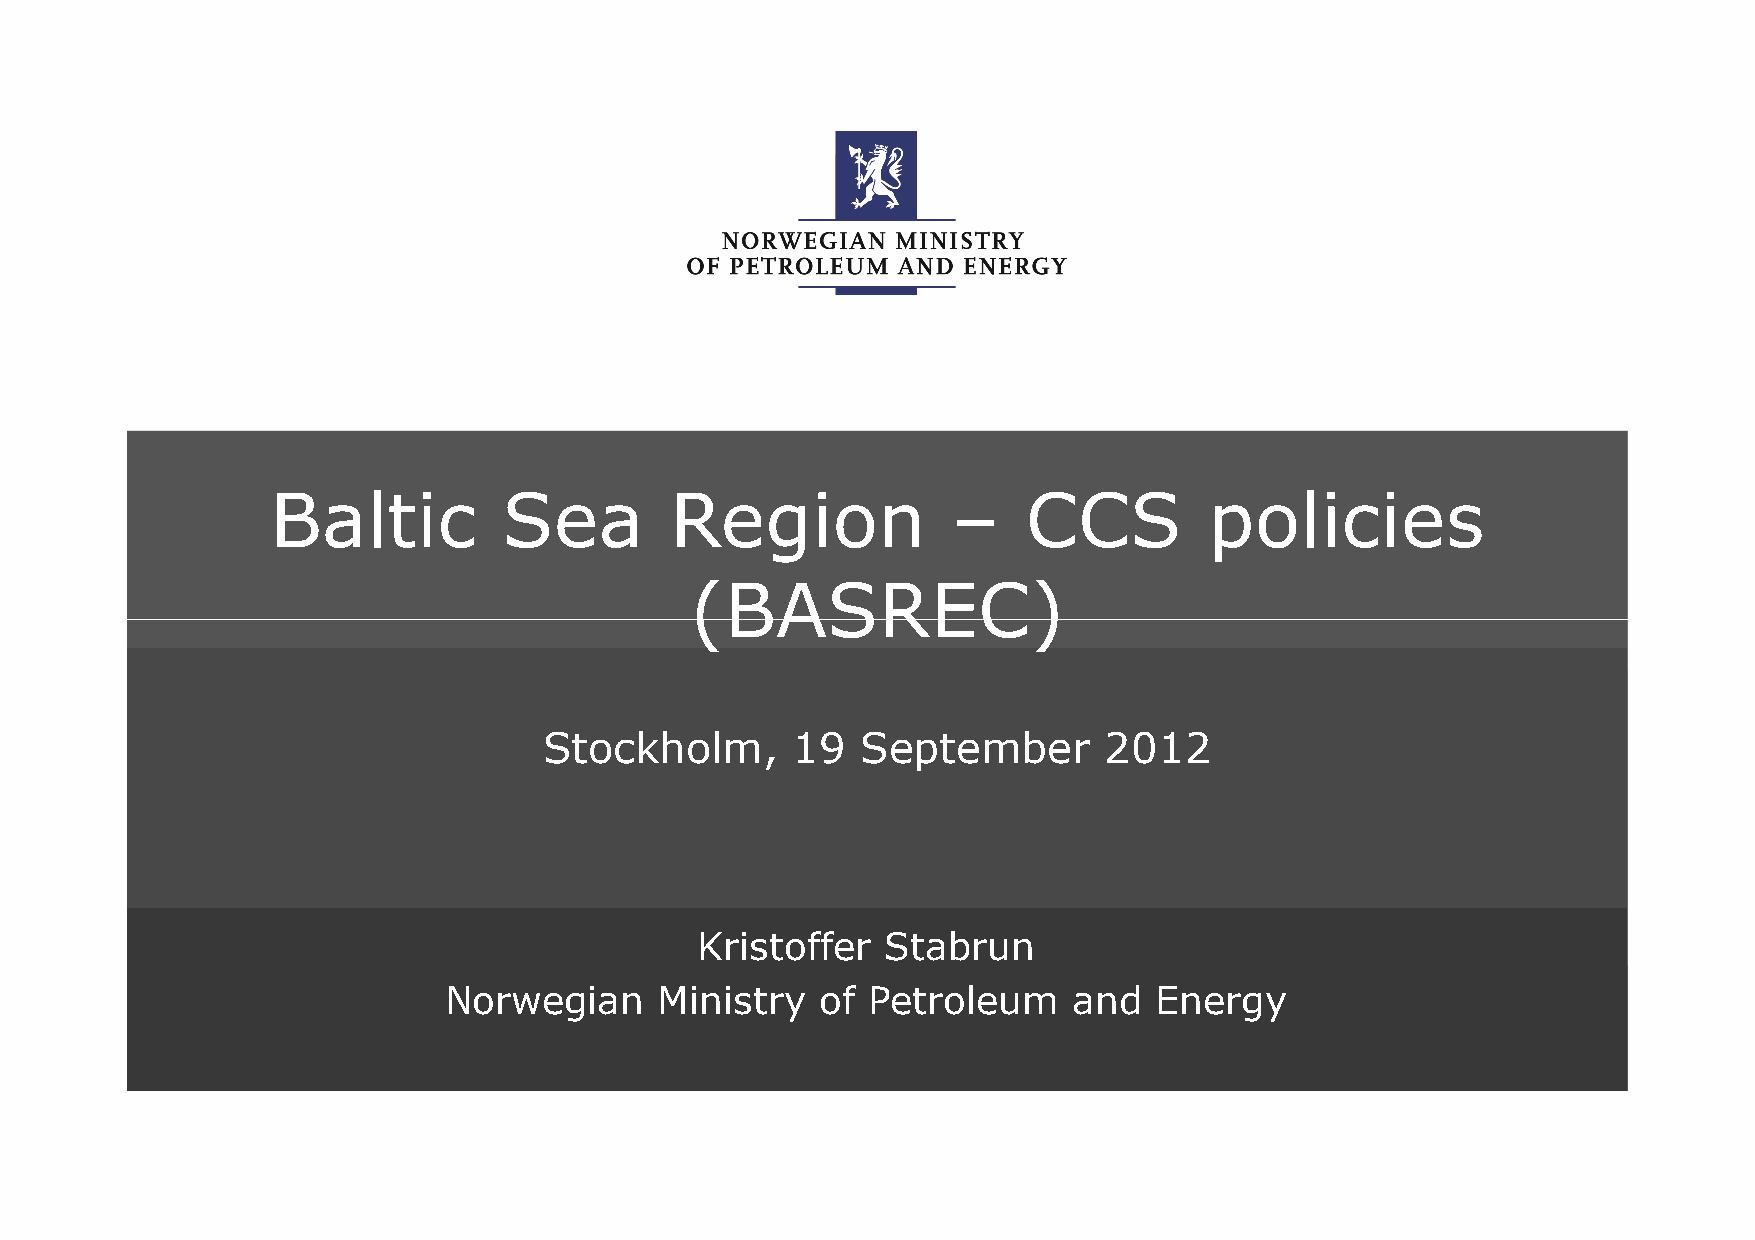
Baltic         Sea        Region             –    CCS         policies
 ((BBAASSRREECC))
 Stockholm,      19   September       2012
 Kristoffer   Stabrun
 Norwegian      Ministry  of Petroleum     and  Energy
 Norwegian Ministry of Petroleum and Energy